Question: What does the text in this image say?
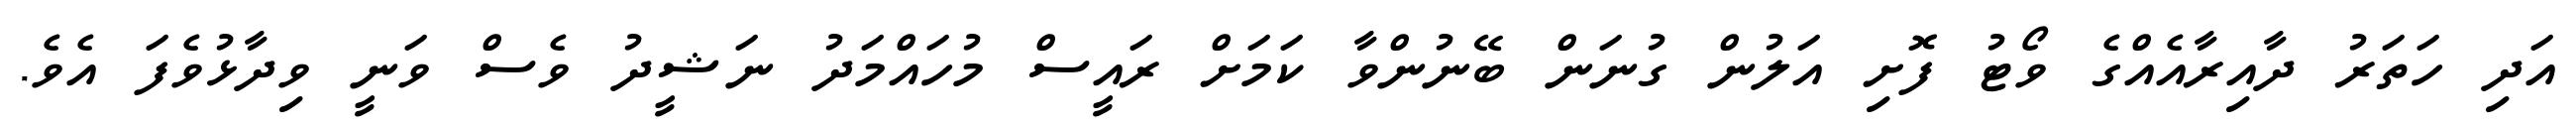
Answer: އަދި ހަތަރު ދާއިރާއެއްގެ ވޯޓު ފޮށި އަލުން ގުނަން ބޭނުންވާ ކަމަށް ރައީސް މުހައްމަދު ނަޝީދު ވެސް ވަނީ ވިދާޅުވެފަ އެވެ.